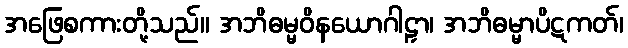
အဖြေစကားတို့သည်။ အဘိဓမ္မဝိနယောဂါဠှာ၊ အဘိဓမ္မာပိဋကတ်၊